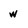
Character: w